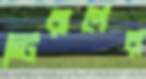
স্টিরাপের